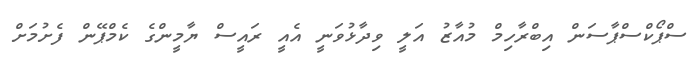
ސްޕޯކްސްޕާސަން އިބްރާހިމް މުއާޒު އަލީ ވިދާޅުވަނީ އެއީ ރައީސް ޔާމީންގެ ކެމްޕޭން ފެށުމަށް